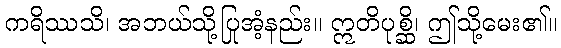
ကရိဿသိ၊ အဘယ်သို့ပြုအံ့နည်း။ ဣတိပုစ္ဆိ၊ ဤသို့မေး၏။